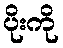
ပိုးကို